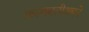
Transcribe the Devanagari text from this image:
कलावतीअपने